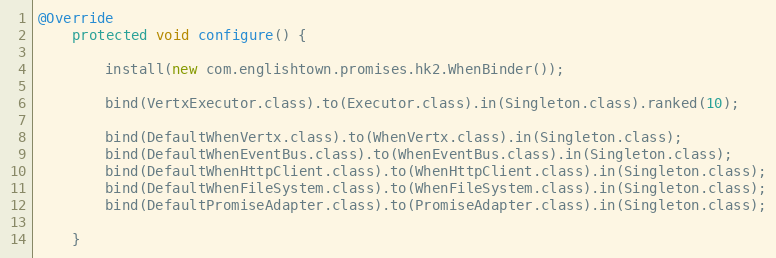
Language: Java
@Override
    protected void configure() {

        install(new com.englishtown.promises.hk2.WhenBinder());

        bind(VertxExecutor.class).to(Executor.class).in(Singleton.class).ranked(10);

        bind(DefaultWhenVertx.class).to(WhenVertx.class).in(Singleton.class);
        bind(DefaultWhenEventBus.class).to(WhenEventBus.class).in(Singleton.class);
        bind(DefaultWhenHttpClient.class).to(WhenHttpClient.class).in(Singleton.class);
        bind(DefaultWhenFileSystem.class).to(WhenFileSystem.class).in(Singleton.class);
        bind(DefaultPromiseAdapter.class).to(PromiseAdapter.class).in(Singleton.class);

    }